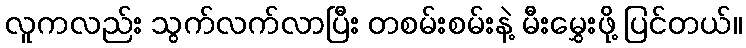
လူကလည်း သွက်လက်လာပြီး တစမ်းစမ်းနဲ့ မီးမွှေးဖို့ ပြင်တယ်။